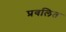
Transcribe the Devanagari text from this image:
प्रवलित